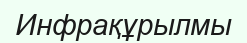
Инфрақұрылмы